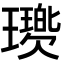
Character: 𤪵